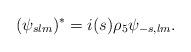
LaTeX: \begin{align*}(\psi_{slm})^* = i (s) \rho_5 \psi_{-s,lm}.\end{align*}